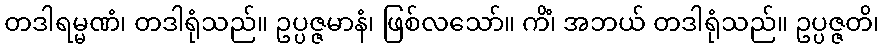
တဒါရမ္မဏံ၊ တဒါရုံသည်။ ဥပ္ပဇ္ဇမာနံ၊ ဖြစ်လသော်။ ကိံ၊ အဘယ် တဒါရုံသည်။ ဥပ္ပဇ္ဇတိ၊